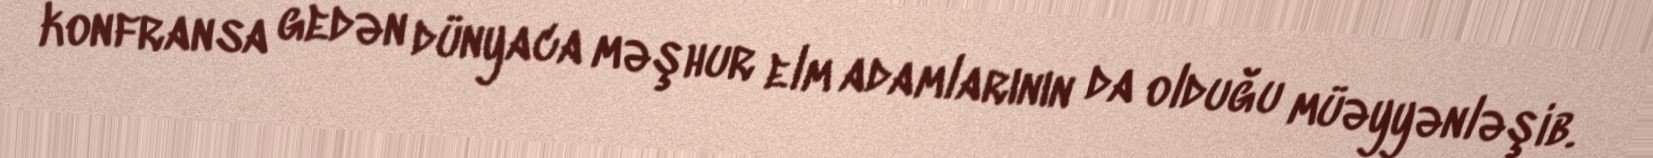
konfransa gedən dünyaca məşhur elm adamlarının da olduğu müəyyənləşib.